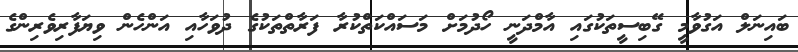
ބައިނަލް އަގުވާމީ ގޭބިސީތަކުގައި އާމްދަނީ ހޯދުމަށް މަސައްކަތްކުރާ ފަރާތްތަކުގެ ދުވަހާއި އަންހެން ވިޔަފާރިވެރިންގެ